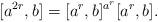
LaTeX: \begin{align*}[a^{2r},b]=[a^r,b]^{a^r}[a^r,b].\end{align*}